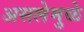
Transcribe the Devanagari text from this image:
असलेमुळे